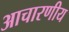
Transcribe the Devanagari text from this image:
आचारणीय